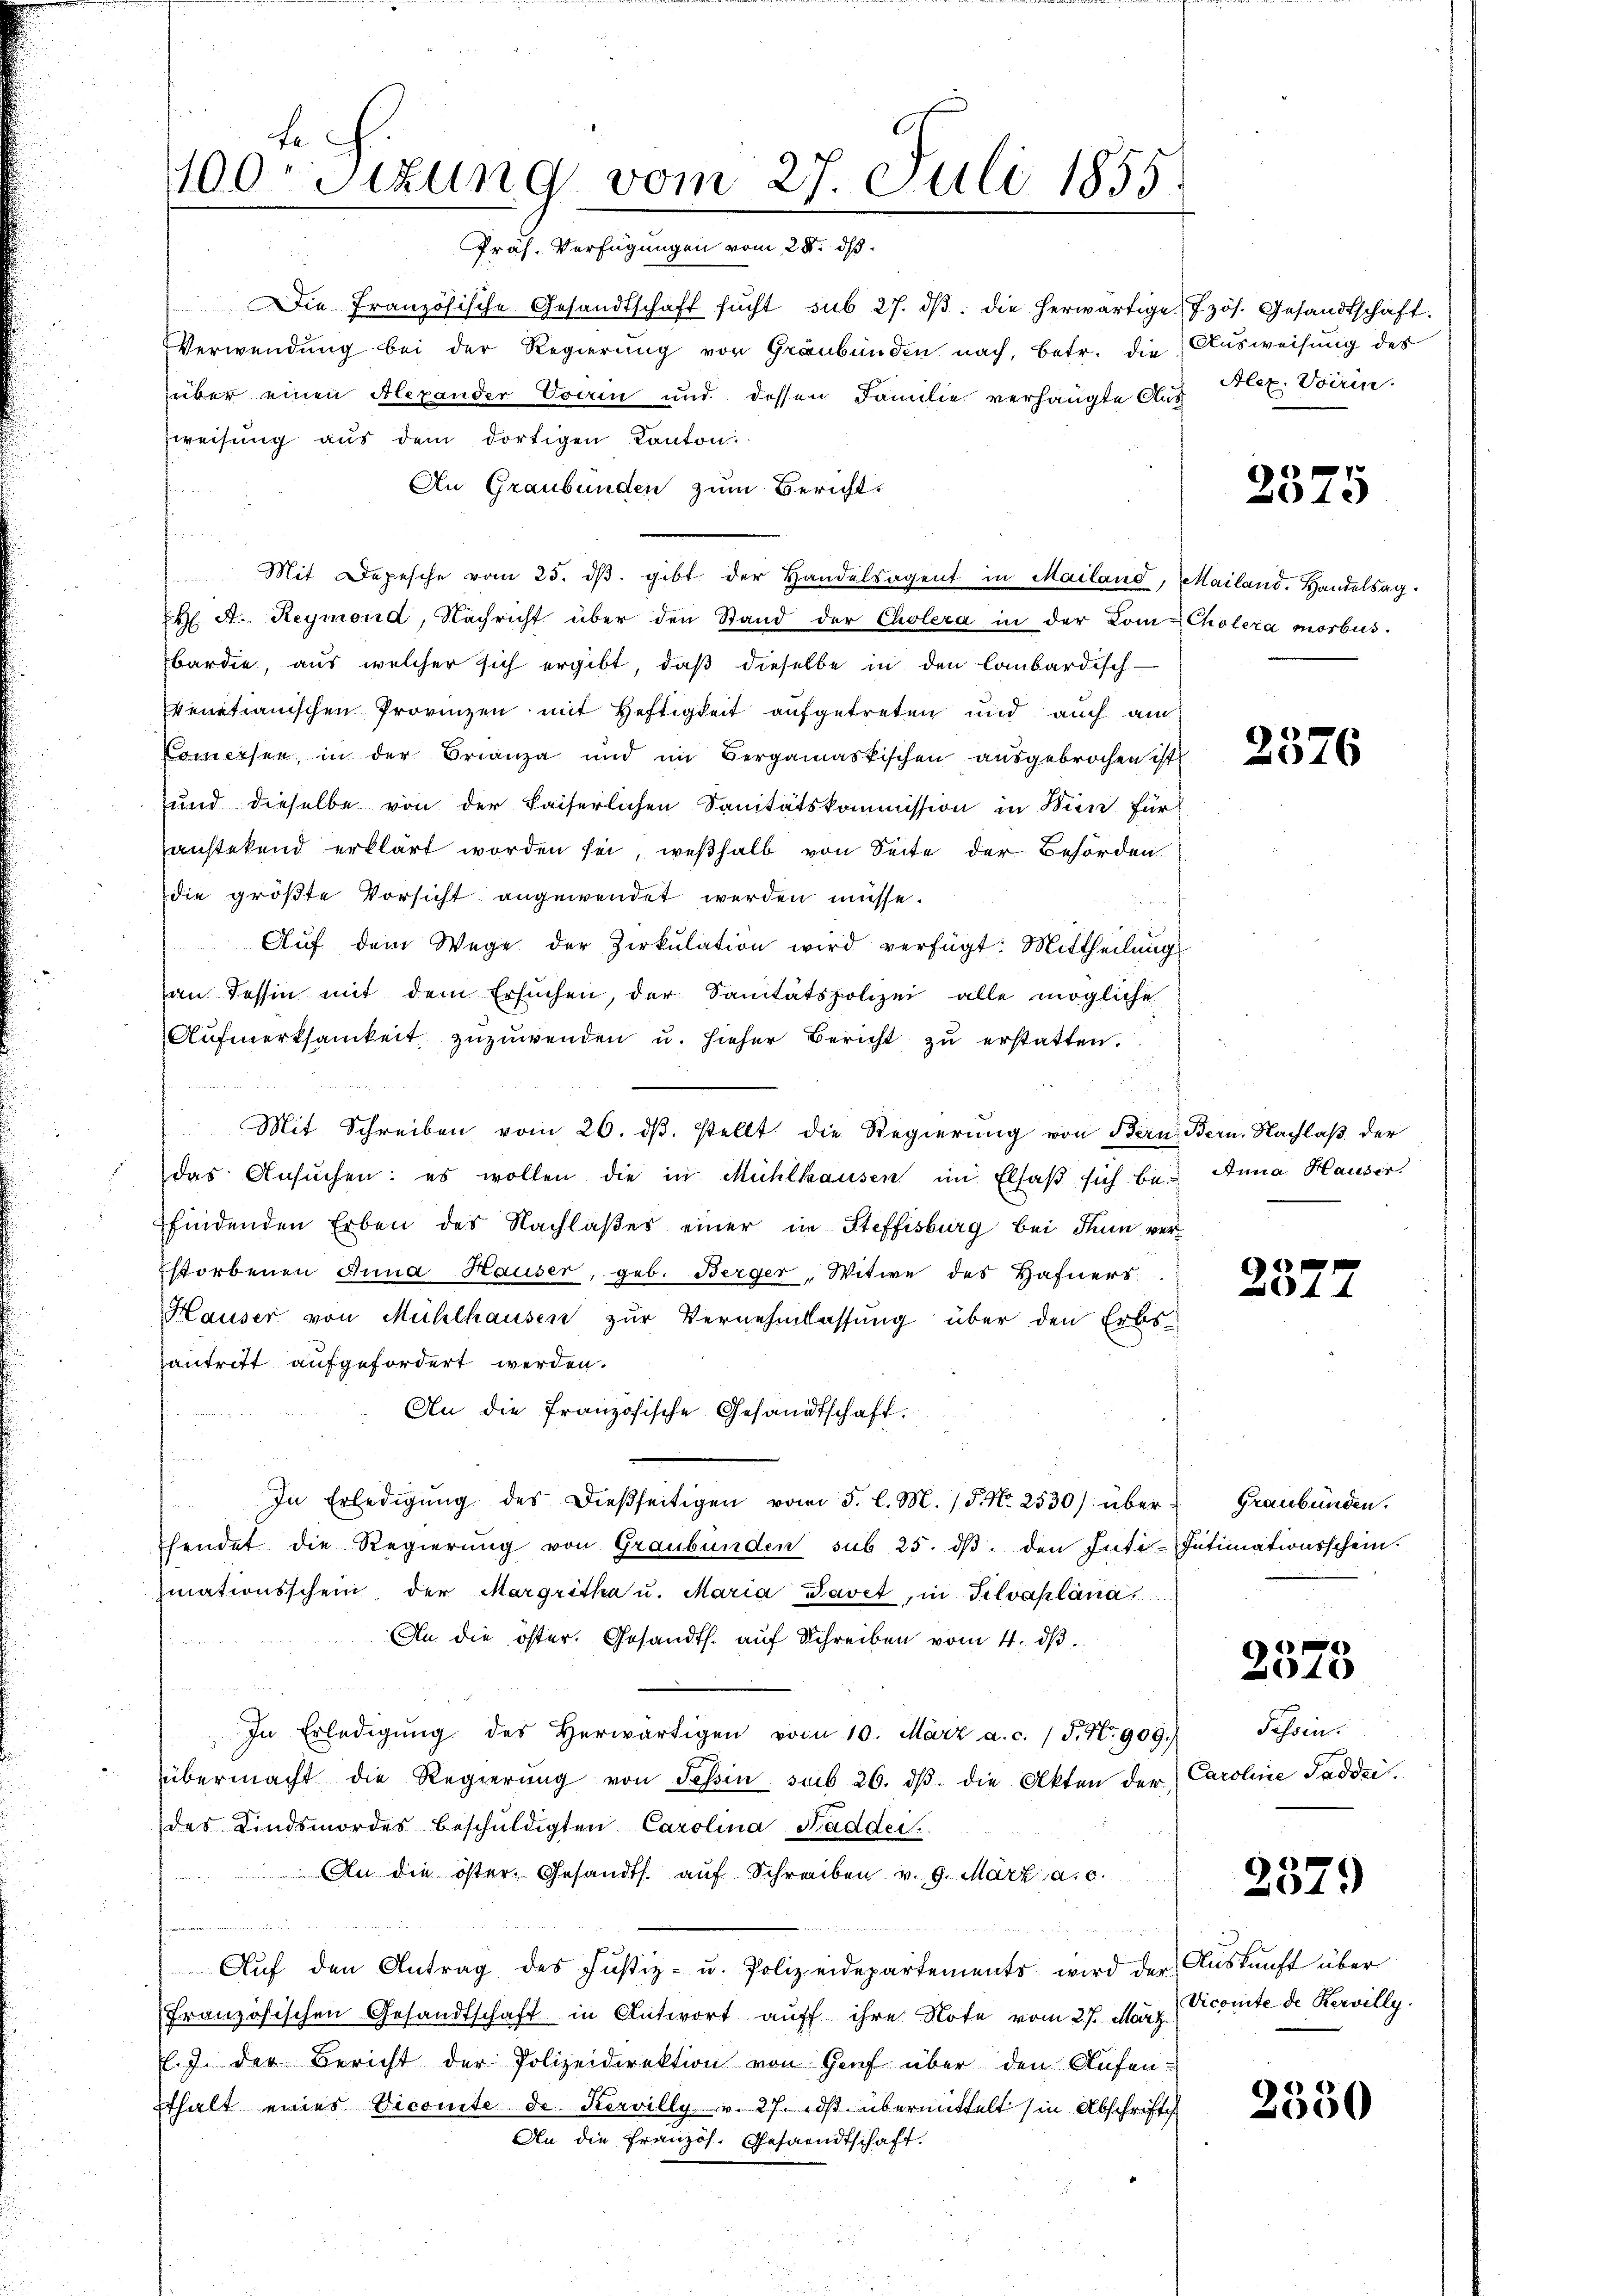
te
100 Sizung vom 27. Juli 1855.
Präs. Verfügungen vom 28. ds.

Die Französische Gesandtschaft sŭcht sub 27. dβ. die herwärtige Jzös. Gesandtschaft.
Verwendung bei der Regierung von Graubünden nach, betr. die Ausweisung des
über einen Alexander Vorin und dessen Familie verhängte Aus
zweisŭng aŭs dem dortigen Kanton.
An Graubünden zum Bericht.
u
Mit Depesche vom 25. dβ. gibt der Handelsagent in Mailand, Mailand. Handelsag¬
H. A. Reymond, Nachricht über den Stand der Cholera in der Kom-Cholera morbus.
bardie, aus welcher sich ergibt, daβ dieselbe in den lombardisch-
venetianischen Provinzen mit Heftigkeit aufgetreten und auch am
Comessen, in der Franza und im Vergamaskischen ausgebrochen ist
und dieselbe von der kaiserlichen Sanitätskommission in Bien für
anstetend erklärt worden sei, weßhalb von Seite der Behörden.
die größte Vorsicht angewendet werden müsse.
Aŭf dem Wege der Zirkŭlation wird verfügt: Mittheilŭng
an Tessin mit dem Ersuchen, der Sanitätspolizei alle mögliche
Aŭfmerksamkeit zuzuwenden u. hieher Bericht zŭ erstatten.

Mit Schreiben vom 26. dβ. stellt die Regierŭng von Bern, Bern. Nachlaß der
das Ansŭchen: es wollen die in Mühlhausen im Elsaß sich bei Anna Hauser.
findenden Erben des Nachlaßes einer in Steffisburg bei Thun verstorbenen Anna Hauser, geb. Berger, Witwe des Hafners
Hauser von Mühlhausen zur Vernehmlassung über den Erbs
antritt aufgefordert werden.
An die französische Gesandtschaft.
252 f. 114
In Erledigŭng des dießseitigen vom 3. l. M. / P. Nr. 2530) überhendet die Regierung von Graubünden sub 25. ds. den Inti-Intimationsschein.
ziationsschein, der Margritha u. Maria Pavet, in Silvaplana
An die öster. Gesandts. auf Schreiben vom 4. dβ
In Erledigŭng des herwärtigen vom 10. März a. c. (T. No 909.)
übermacht die Regierŭng von Tessin sub 26. dβ die Akten der Caroline Saddzi.
des Kindsmordes beschuldigten Carolina Saddei
 An die öster, Gesandts. auf Schreiben v. 9. März a. c.
u
Aŭf den Antrag des Justiz- u. Polizeidepartements wird der Auskunft über
Französischen Gesandtschaft in Antwort auff ihre Note vom 27. März.
l.J. der Bericht der Polizeidirektion von Genf über den Aufenthalt eines Vicomite de Kervilly v. 27. ds. übermittelt (in Abschrift
An die Französ. Gesandtschaft.

Alex. Voirin.

6
4x

2376

237.

Graubünden.

c
41

Tessin.

2379

Vicomite de Rervilly.

2330